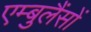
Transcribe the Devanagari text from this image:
एम्बुलैंसों